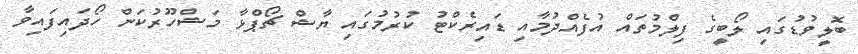
ބޮލީވުޑުގައި ލޯބީގެ ފިލްމުތައް އުފެއްދުމާއި ޑައިރެކްޓު ކުރުމުގައި ޔާޝް ޗޯޕްޅާ މަޝްހޫރުކަން ހޯދައިފައިވާ